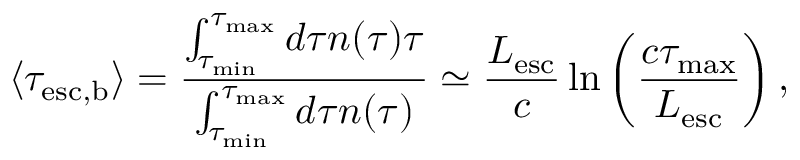
\langle \tau _ { \mathrm { e s c , b } } \rangle = \frac { \int _ { \tau _ { \mathrm { m i n } } } ^ { \tau _ { \mathrm { m a x } } } d \tau n ( \tau ) \tau } { \int _ { \tau _ { \mathrm { m i n } } } ^ { \tau _ { \mathrm { m a x } } } d \tau n ( \tau ) } \simeq \frac { L _ { \mathrm { e s c } } } { c } \ln { \left( \frac { c \tau _ { \mathrm { m a x } } } { L _ { \mathrm { e s c } } } \right) } \, ,